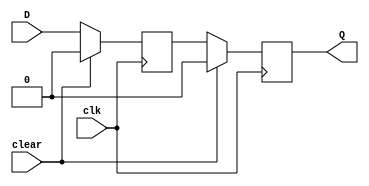
module D_flip_flop (
    input D,
    input clk,
    input clear,
    output reg Q
);

reg D_val;

always @ (posedge clk) begin
    if (clear) begin
        D_val <= 1'b0;
    end else begin
        D_val <= D;
    end
end

always @ (posedge clk) begin
    if (clear) begin
        Q <= 1'b0;
    end else begin
        Q <= D_val;
    end
end

endmodule